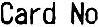
CARD NO